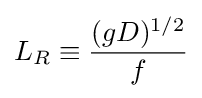
L_{R}\equiv {\frac {(gD)^{1/2}}{f}}